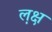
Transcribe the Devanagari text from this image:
ल़क्ष